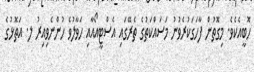
ހޮބީއެކެވެ. މިގޮތުން ފާހަގަކުރެވުނު މަސައްކަތުގެ ތެރޭގައި އެސްޓީއޯއާއި ހަވާލުވެ ހުންނެވިއިރު ލ. އަތޮޅުގެ